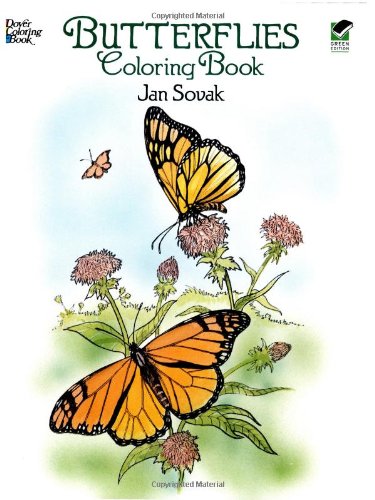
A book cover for Dover Publications-Butterflies Coloring Book (Dover Nature Coloring Book); Jan Sovak; Science & Math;